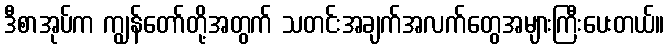
ဒီစာအုပ်က ကျွန်တော်တို့အတွက် သတင်းအချက်အလက်တွေအများကြီးပေးတယ်။